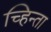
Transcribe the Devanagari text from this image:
च्हिन्ता